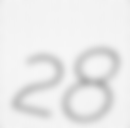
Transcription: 28